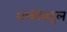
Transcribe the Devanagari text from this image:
शक्तीबद्दल